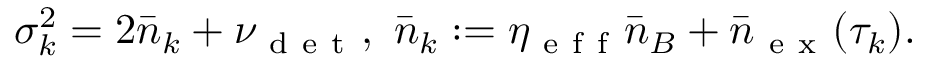
\sigma _ { k } ^ { 2 } = 2 \bar { n } _ { k } + \nu _ { \mathrm { ~ d ~ e ~ t ~ } } , ~ \bar { n } _ { k } : = \eta _ { \mathrm { ~ e ~ f ~ f ~ } } \bar { n } _ { B } + \bar { n } _ { \mathrm { ~ e ~ x ~ } } ( \tau _ { k } ) .